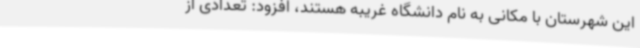
این شهرستان با مکانی به نام دانشگاه غریبه هستند، افزود: تعدادی از